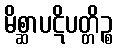
မိစ္ဆာပဋိပတ္တိဉ္စ